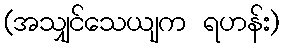
(အသျှင်သေယျက ရဟန်း)